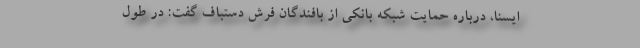
ایسنا، درباره حمایت شبکه بانکی از بافندگان فرش دستباف گفت: در طول